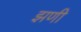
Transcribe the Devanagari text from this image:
झणी